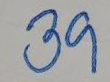
39